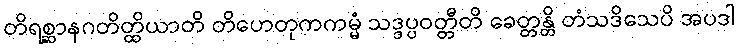
တိရစ္ဆာနဂတိတ္ထိယာတိ တိဟေတုကကမ္မံ သဒ္ဒပ္ပဝတ္တီတိ ခေတ္တန္တိ တံသဒိသေပိ အပဒါ